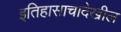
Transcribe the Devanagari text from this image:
इतिहासाचादेखील